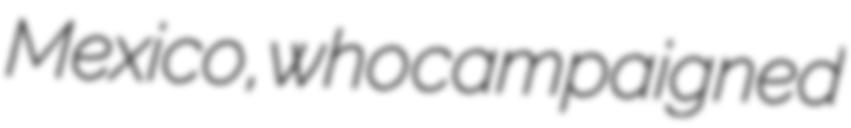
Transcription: Mexico, who campaigned